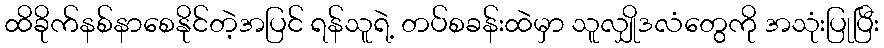
ထိခိုက်နစ်နာစေနိုင်တဲ့အပြင် ရန်သူရဲ့ တပ်စခန်းထဲမှာ သူလျှိုဒလံတွေကို အသုံးပြုပြီး